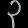
Digit: ၃